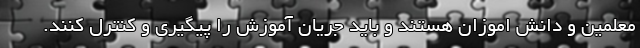
معلمین و دانش اموزان هستند و باید جریان آموزش را پیگیری و کنترل کنند.